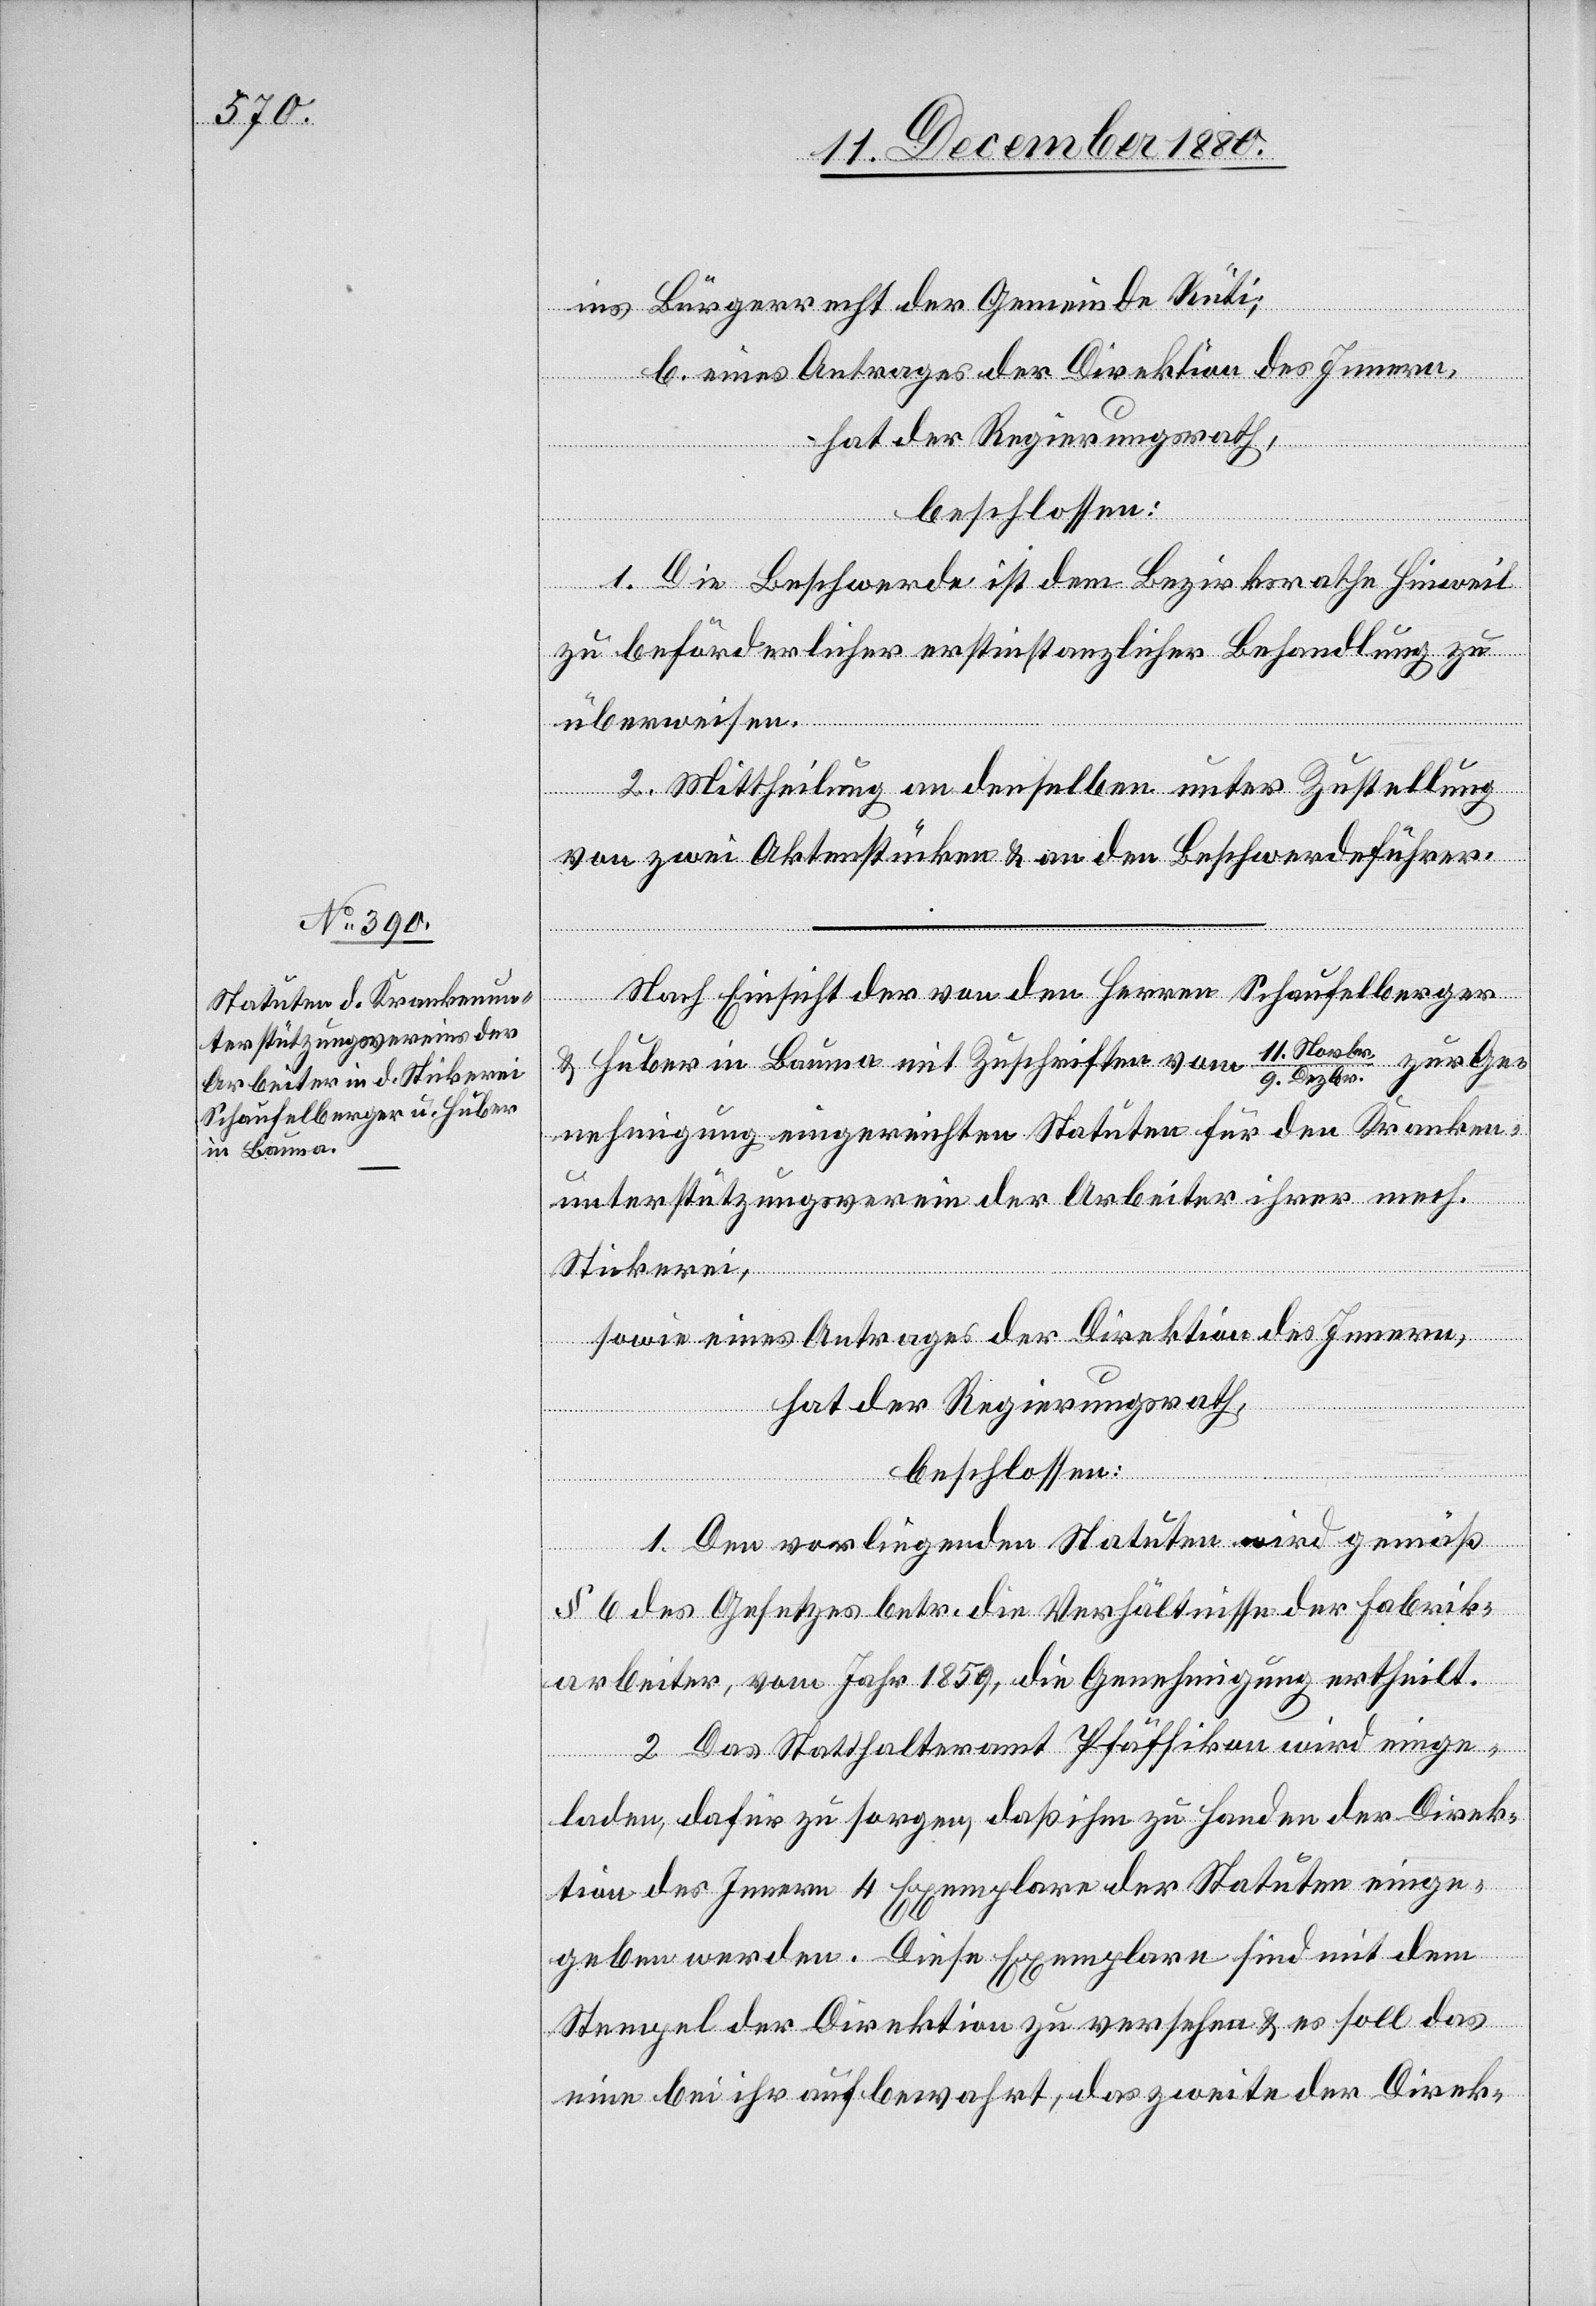
ins Bürgerrecht der Gemeinde Rüti;
b. eines Antrages der Direktion des Innern,
hat der Regierungsrath,
beschlossen:
1. Die Beschwerde ist dem Bezirksrathe Hinweil
zu beförderlicher erstinstanzlicher Behandlung zu
überweisen.
2. Mittheilung an denselben unter Zustellung
von zwei Aktenstücken & an den Beschwerdeführer.
Nach Einsicht der von den Herren Schaufelberger
& Huber in Bauma mit Zuschriften vom 11. Novbr./9. Dezbr. zur Ge¬
nehmigung eingereichten Statuten für den Kranken¬
unterstützungsverein der Arbeiter ihrer mech.
Stickerei,
sowie eines Antrages der Direktion des Innern,
hat der Regierungsrath,
beschlossen:
1. Den vorliegenden Statuten wird gemäß
§ 6 des Gesetzes betr. die Verhältnisse der Fabrik¬
arbeiter, vom Jahr 1859, die Genehmigung ertheilt.
2. Das Statthalteramt Pfäffikon wird einge¬
laden, dafür zu sorgen, daß ihm zu Handen der Direk¬
tion des Innern 4 Exemplare der Statuten einge¬
geben werden. Diese Exemplare sind mit dem
Stempel der Direktion zu versehen & es soll das
eine bei ihr aufbewahrt, das zweite der Direk-